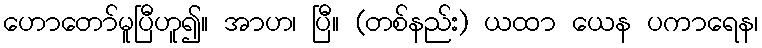
ဟောတော်မူပြီဟူ၍။ အာဟ၊ ပြီ။ (တစ်နည်း) ယထာ ယေန ပကာရေန၊